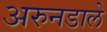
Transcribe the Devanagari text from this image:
अरुनडाले